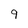
Character: 9